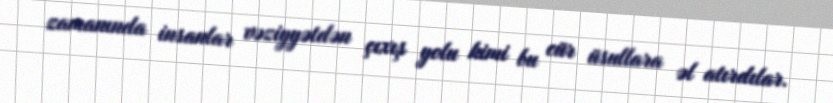
zamanında insanlar vəziyyətdən çıxış yolu kimi bu cür üsullara əl atırdılar.